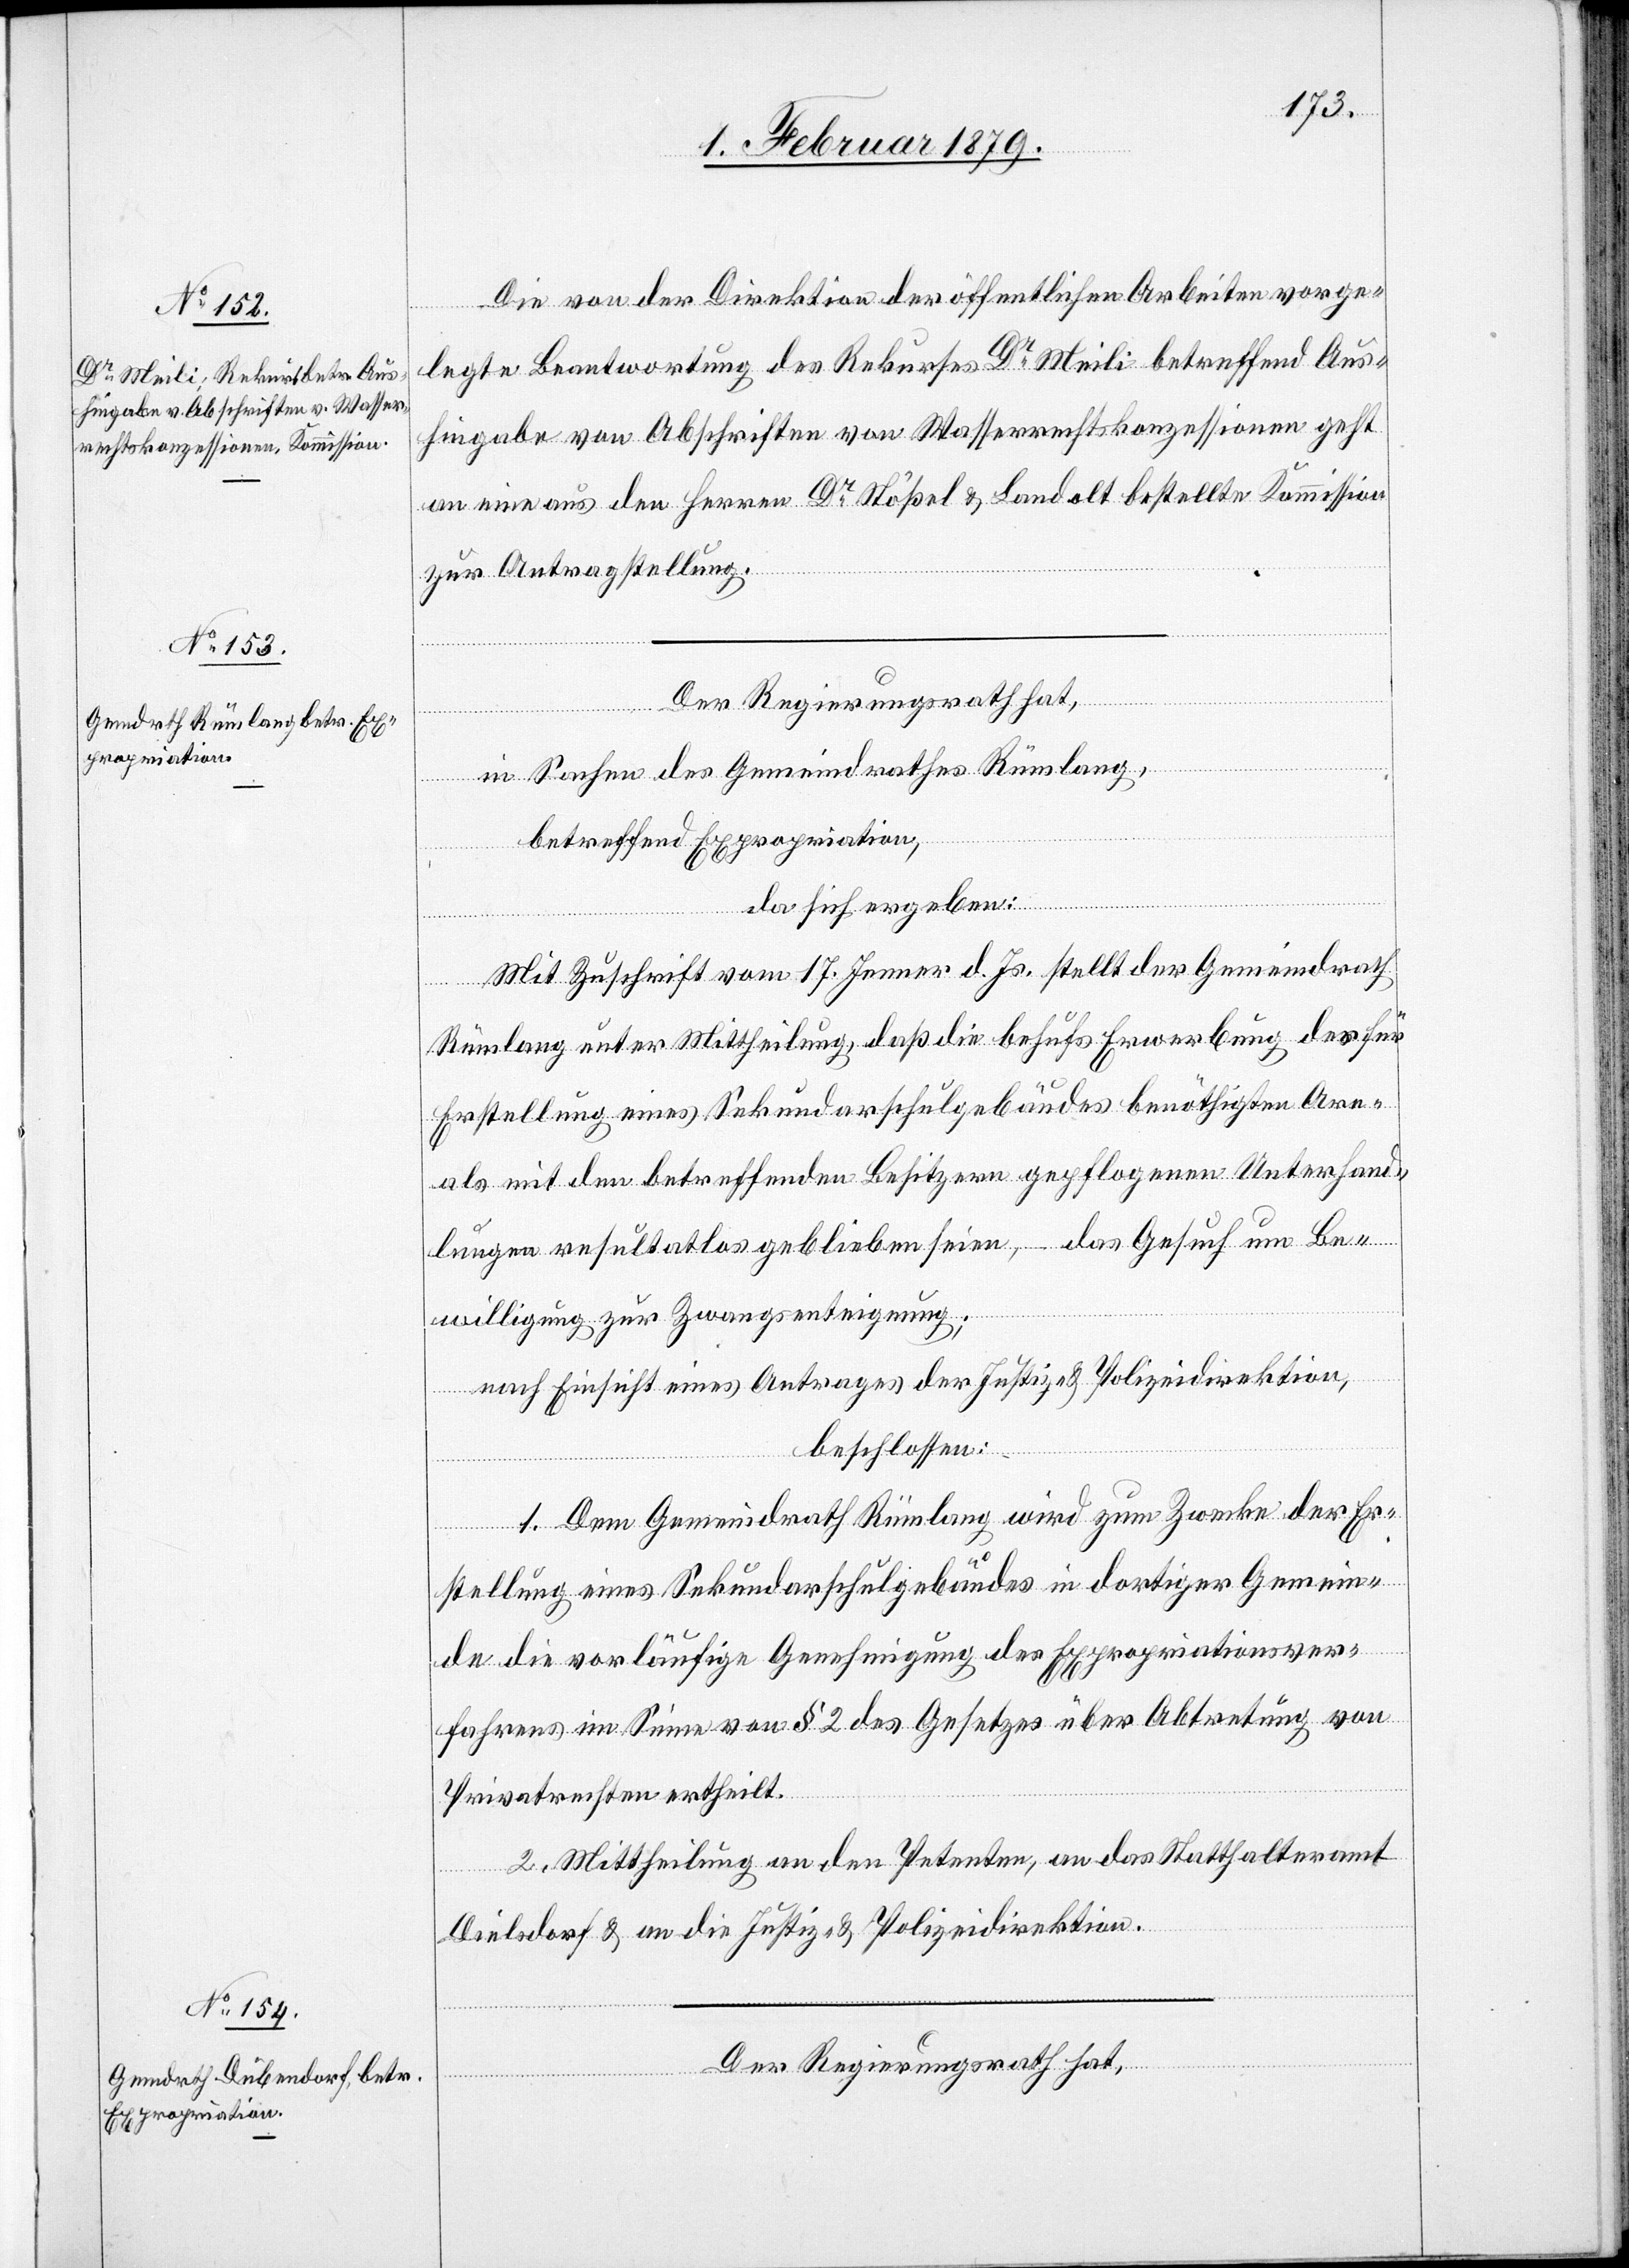
Die von der Direktion der öffentlichen Arbeiten vorge¬
legte Beantwortung des Rekurses Dr Meili betreffend Aus¬
hingabe von Abschriften von Wasserrechtskonzessionen geht
an eine aus den Herren Dr Stößel & Landolt bestellte Kommission
zur Antragstellung.
Der Regierungsrath hat,
in Sachen des Gemeindrathes Rümlang,
betreffend Expropriation,
da sich ergeben:
Mit Zuschrift vom 17. Jenner d. Js. stellt der Gemeindrath
Rümlang unter Mittheilung, daß die behufs Erwerbung des für
Erstellung eines Sekundarschulgebäudes benöthigten Are¬
als mit den betreffenden Besitzern gepflogenen Unterhand¬
lungen resultatlos geblieben seien, das Gesuch um Be¬
willigung zur Zwangsenteignung;
nach Einsicht eines Antrages der Justiz- & Polizeidirektion,
beschlossen:
1. Dem Gemeindrath Rümlang wird zum Zwecke der Er¬
stellung eines Sekundarschulgebäudes in dortiger Gemein¬
de die vorläufige Genehmigung des Expropriationsver¬
fahrens im Sinne von § 2 des Gesetzes über Abtretung von
Privatrechten ertheilt.
2. Mittheilung an den Petenten, an das Statthalteramt
Dielsdorf & an die Justiz- & Polizeidirektion.
Der Regierungsrath hat,